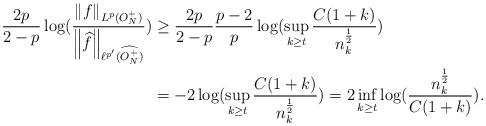
LaTeX: \begin{align*}\frac{2p}{2-p}\log (\frac{\left \|f\right\|_{L^p(O_N^+)}}{\left \|\widehat{f}\right \|_{\ell^{p'}(\widehat{O_N^+})}})&\geq \frac{2p}{2-p}\frac{p-2}{p}\log(\sup_{k\geq t} \frac{C(1+k)}{n_k^{\frac{1}{2}}})\\&=-2 \log (\sup_{ k \geq t}\frac{C(1+k)}{n_{k}^{\frac{1}{2}}})=2 \inf_{ k \geq t}\log (\frac{n_{ k }^{\frac{1}{2}}}{C(1+ k)}).\end{align*}